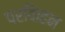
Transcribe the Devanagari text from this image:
परविाहन